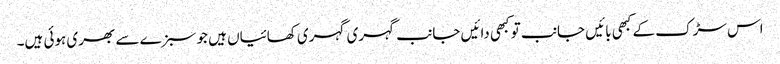
اس سڑک کے کبھی بائیں جانب تو کبھی دائیں جانب گہری گہری کھائیاں ہیں جو سبزے سے بھری ہوئی ہیں۔